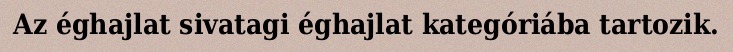
Az éghajlat sivatagi éghajlat kategóriába tartozik.